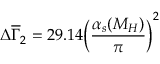
\Delta \overline { { { \Gamma } } } _ { 2 } = 2 9 . 1 4 \bigg ( \frac { \alpha _ { s } ( M _ { H } ) } { \pi } \bigg ) ^ { 2 }